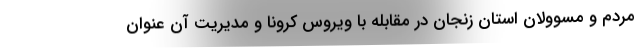
مردم و مسوولان استان زنجان در مقابله با ویروس کرونا و مدیریت آن عنوان